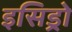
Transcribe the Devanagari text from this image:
इसिड्रो